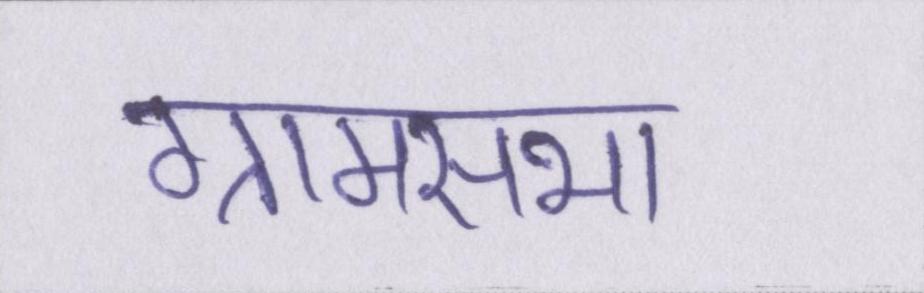
ग्रामसभा